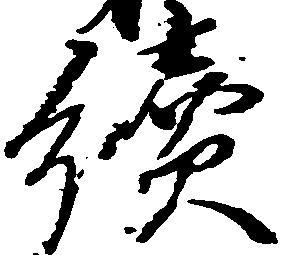
続